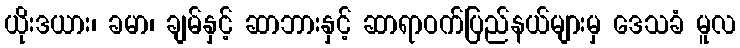
ယိုးဒယား၊ ခမာ၊ ချမ်နှင့် ဆာဘားနှင့် ဆာရာဝက်ပြည်နယ်များမှ ဒေသခံ မူလ